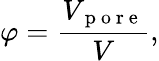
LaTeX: \varphi=\frac{V_{\mathrm{~p~o~r~e~}}}{V},